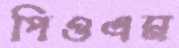
পিওএম